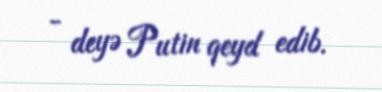
- deyə Putin qeyd edib.